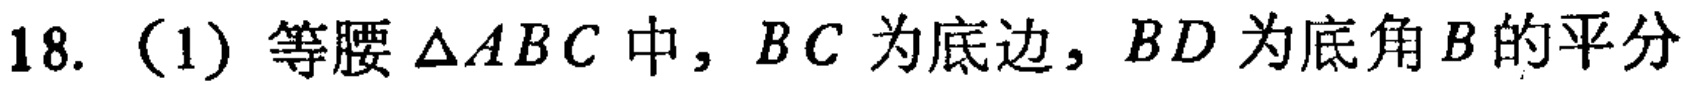
18.（1）等腰$\triangle ABC$中，$BC$为底边，$BD$为底角$B$的平分